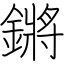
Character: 鏘